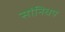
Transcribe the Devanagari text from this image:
सांनिधप